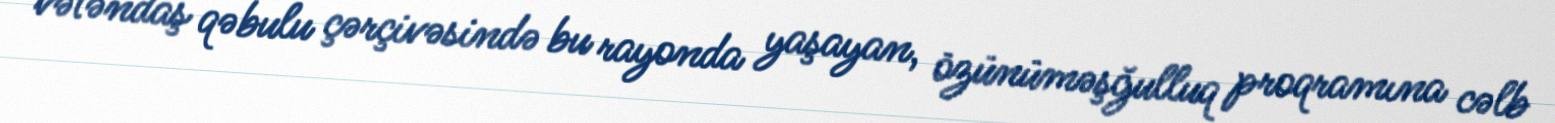
vətəndaş qəbulu çərçivəsində bu rayonda yaşayan, özünüməşğulluq proqramına cəlb